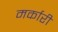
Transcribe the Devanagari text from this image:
मर्कारी